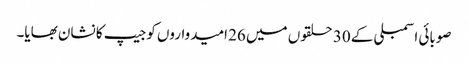
صوبائی اسمبلی کے 30 حلقوں میں 26 امیدواروں کوجیپ کا نشان بھایا۔